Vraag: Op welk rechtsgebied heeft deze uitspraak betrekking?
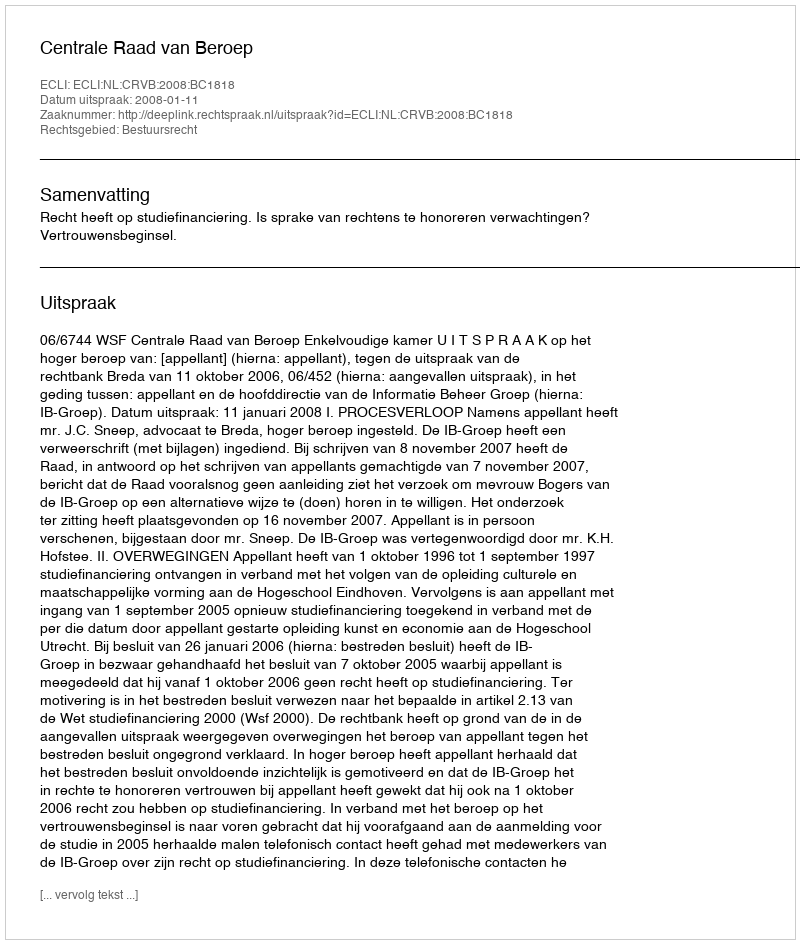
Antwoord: Bestuursrecht